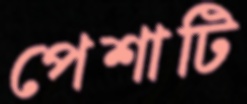
পেশাটি